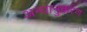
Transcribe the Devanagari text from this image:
अन्धानुकरण